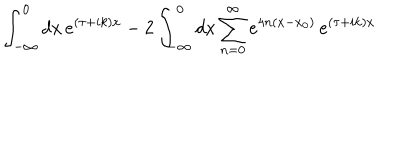
\int _ { - \infty } ^ { 0 } d x \, e ^ { ( \tau + i k ) x } - 2 \int _ { - \infty } ^ { 0 } d x \sum _ { n = 0 } ^ { \infty } e ^ { 4 n ( x - x _ { 0 } ) } \, e ^ { ( \tau + i k ) x }